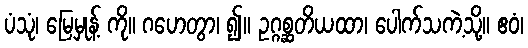
ပံသုံ၊ မြေမှုန့် ကို။ ဂဟေတွာ၊ ၍။ ဥဂ္ဂစ္ဆတိယထာ၊ ပေါက်သကဲ့သို့။ ဧဝံ၊